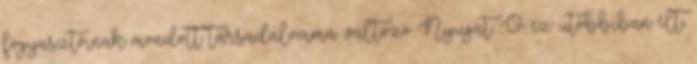
fogyasztóinak mondott társadalommá változó Nyugat. Ő ez utóbbiban élt,